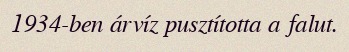
1934-ben árvíz pusztította a falut.